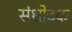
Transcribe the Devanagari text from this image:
संशोदक